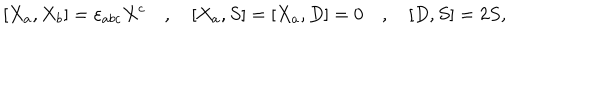
LaTeX: [ X _ { a } , X _ { b } ] = \varepsilon _ { a b c } X ^ { c } \quad , \quad { [ } X _ { a } , S { ] } = { [ } X _ { a } , D { ] } = 0 \quad , \quad { [ } D , S { ] } = 2 S ,